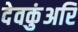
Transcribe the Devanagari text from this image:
देवकुंअरि